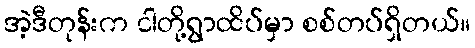
အဲ့ဒီတုန်းက ငါတို့ရွာထိပ်မှာ စစ်တပ်ရှိတယ်။